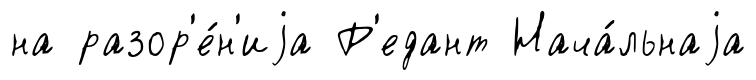
на разор'е́н'иjа Р'едант Нача́льнаjа